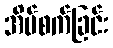
အိပ်စက်ခြင်း